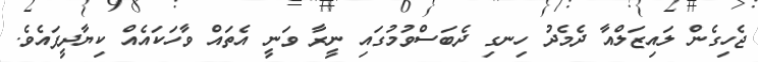
ޖެހިގެން ލައިޒަލްއާ ދެމެދު ހިނގި ދެބަސްވުމުގައި ނީރާ ވަނީ އެތައް ވާހަކައެއް ކިޔާދީފައެވެ.